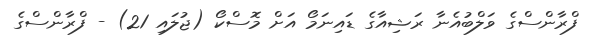
ފްރާންސްގެ ވަލްބުއެނާ ރަޝިއާގެ ޑައިނަމޯ އަށް މޮސްކޯ (ޖުލައި 21) - ފްރާންސްގެ